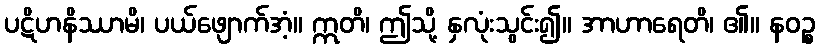
ပဋိဟနိဿာမိ၊ ပယ်ဖျောက်အံ့။ ဣတိ၊ ဤသို့ နှလုံးသွင်း၍။ အာဟာရေတိ၊ ၏။ နဝဉ္စ